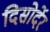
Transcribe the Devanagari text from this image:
दिसोर्देर